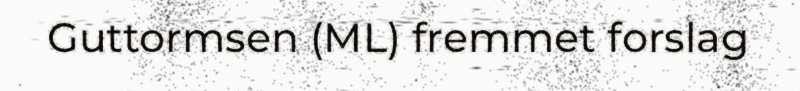
Guttormsen (ML) fremmet forslag